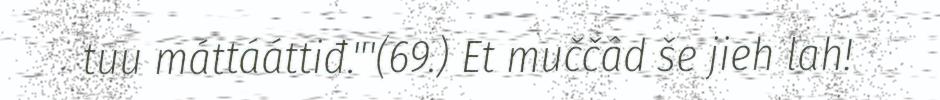
tuu máttááttiđ."'(69.) Et muččâd še jieh lah!